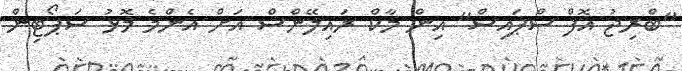
"ބްރިޖު އޮފް ސްޕައިސް" އިން މާކް ރައިލޭންސް އަށް އެންމެ މޮޅު ސަޕޯޓިން